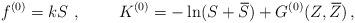
LaTeX: \begin{align*}f^{(0)}=kS~,~~~~~~~K^{(0)}=-\ln (S+\,\overline{\! S})+G^{(0)}(Z,\,\overline{\! Z})\, ,\end{align*}